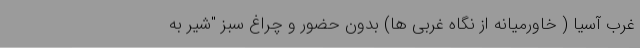
غرب آسیا ( خاورمیانه از نگاه غربی ها) بدون حضور و چراغ سبز "شیر به